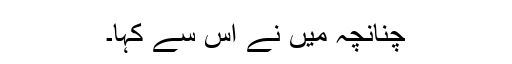
چنانچہ میں نے اس سے کہا۔